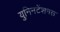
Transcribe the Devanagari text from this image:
युनिनटेंशनल